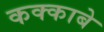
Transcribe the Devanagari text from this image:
कक्‍काबे